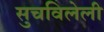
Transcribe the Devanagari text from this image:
सुचविलेली